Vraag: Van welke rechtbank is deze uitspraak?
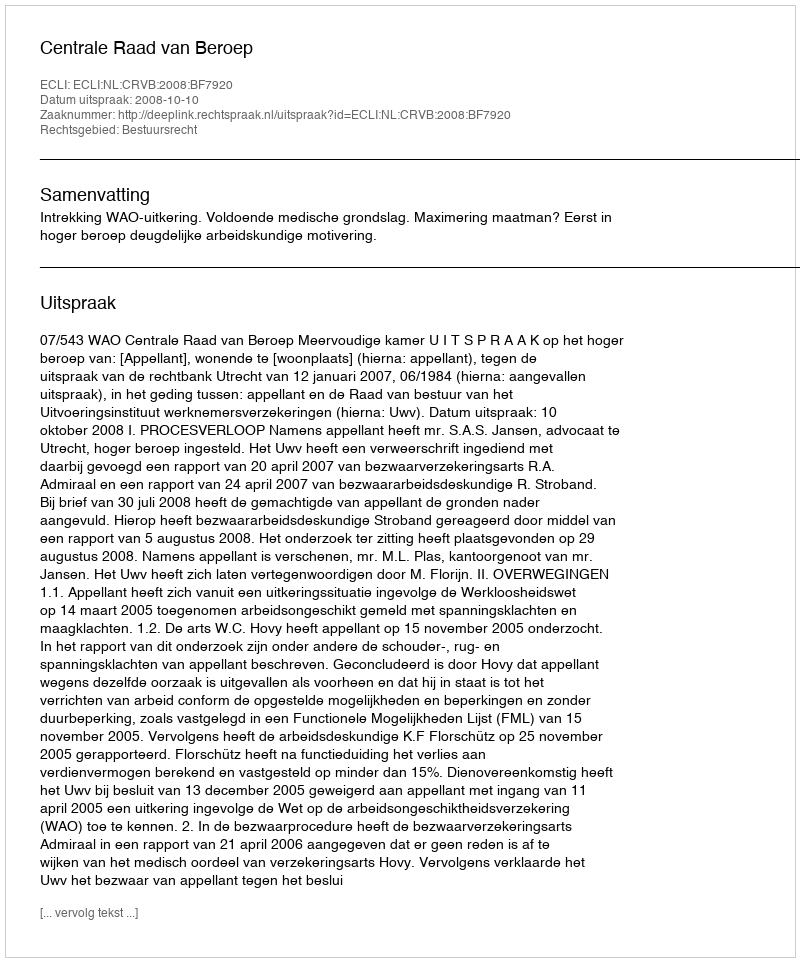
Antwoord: Centrale Raad van Beroep